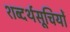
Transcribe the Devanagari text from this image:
शब्दर्थसूचियों